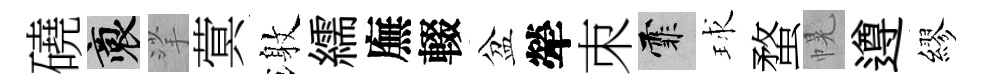
磽裔挲蓂激繻廡輟盆犖朿霏球蝥幌遵繆